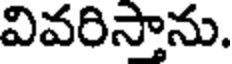
వివరిస్తాను.